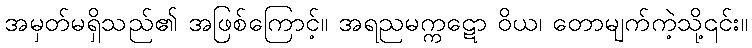
အမှတ်မရှိသည်၏ အဖြစ်ကြောင့်။ အရညမက္ကဋော ဝိယ၊ တောမျက်ကဲ့သို့၎င်း။